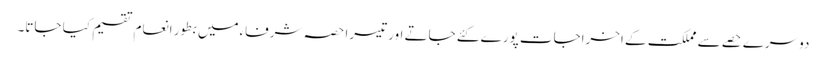
دوسرے حصے سے مملکت کے اخراجات پورے کئے جاتے اور تیسرا حصہ شرفاءمیں بطور انعام تقسیم کیا جاتا۔